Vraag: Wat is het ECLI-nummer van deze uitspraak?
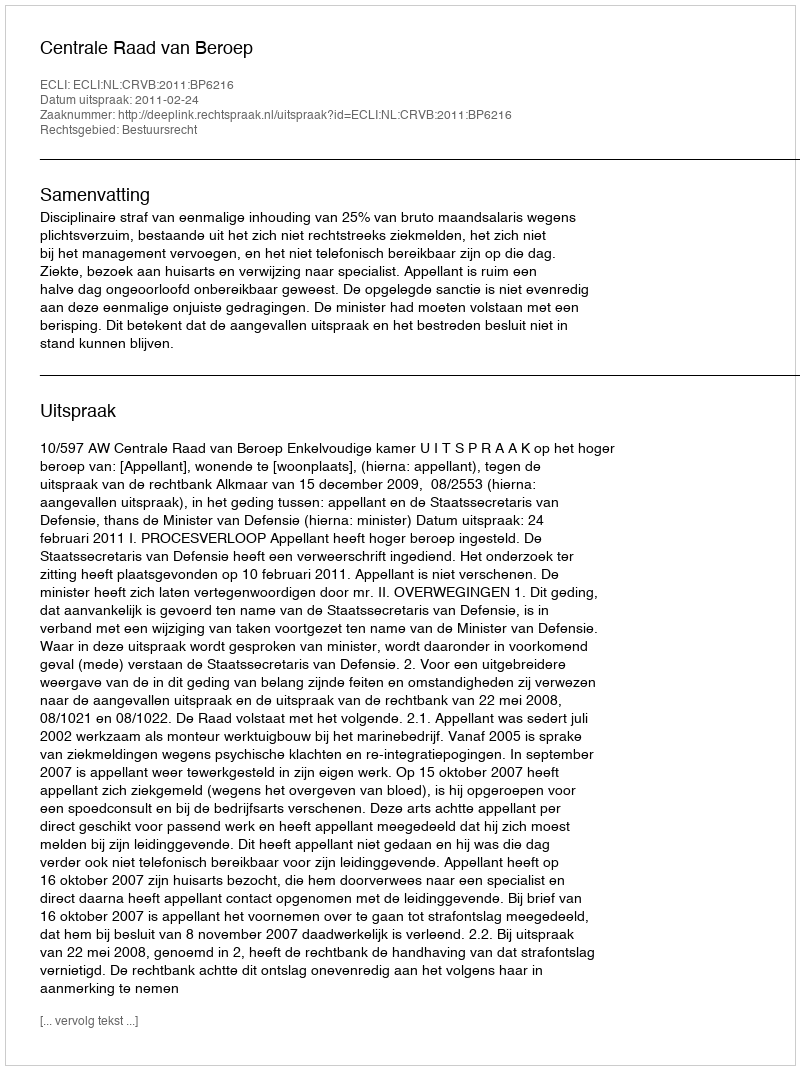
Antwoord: ECLI:NL:CRVB:2011:BP6216